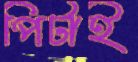
পিটাই